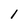
Character: l